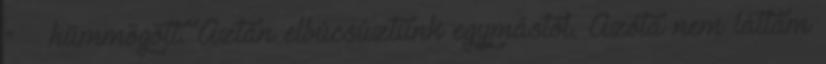
” – hümmögött. Aztán elbúcsúztunk egymástól. Azóta nem láttam